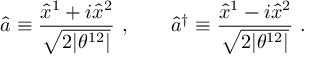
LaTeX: \hat { a } \equiv \frac { \hat { x } ^ { 1 } + i \hat { x } ^ { 2 } } { \sqrt { 2 | \theta ^ { 1 2 } | } } ~ , \qquad \hat { a } ^ { \dagger } \equiv \frac { \hat { x } ^ { 1 } - i \hat { x } ^ { 2 } } { \sqrt { 2 | \theta ^ { 1 2 } | } } ~ .